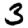
Digit: 3